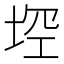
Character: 𱖳